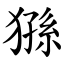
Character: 猻